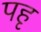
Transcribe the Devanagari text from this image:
पहृ